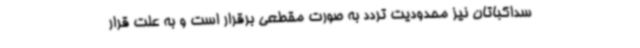
سداکباتان نیز محدودیت تردد به صورت مقطعی برقرار است و به علت قرار